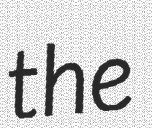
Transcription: the